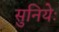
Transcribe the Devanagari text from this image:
सुनियेः